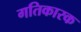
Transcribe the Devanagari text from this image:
गतिकारक